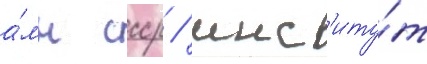
а́мн ссср / инст'иту́т